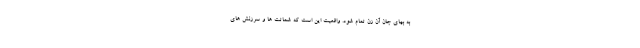
به بهای جان آن زن تمام شود. واقعیت این است که شماتت ها و سرزنش های